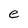
Character: e